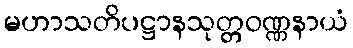
မဟာသတိပဋ္ဌာနသုတ္တဝဏ္ဏနာယံ